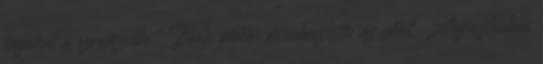
tagokat a szervezetbe." Boda akkor berekesztette az ülést. Augusztusban